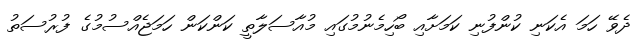
ދެވޭ ހަމަ އެކަނި ކުންފުނި ކަމަށާއި ބޯހިމެނުމުގައި މުއާސަލާތީ ކަންކަން ހަމަޖެއްސުމުގެ ފުރުސަތު